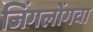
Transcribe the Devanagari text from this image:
जिंगलोंगवा